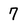
Character: 7